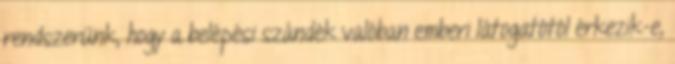
rendszerünk, hogy a belépési szándék valóban emberi látogatótól érkezik-e,